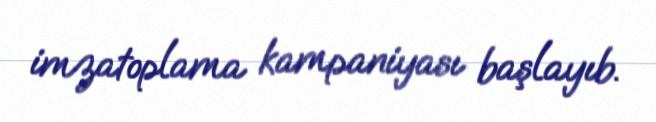
imzatoplama kampaniyası başlayıb.